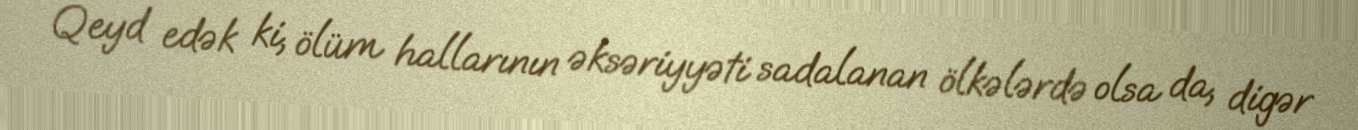
Qeyd edək ki, ölüm hallarının əksəriyyəti sadalanan ölkələrdə olsa da, digər